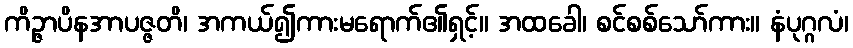
ကိဉ္ဇာပိနအာပဇ္ဇတိ၊ အကယ်၍ကားမရောက်၏ရှင့်။ အထခေါ၊ စင်စစ်သော်ကား။ နံပုဂ္ဂလံ၊